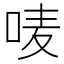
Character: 唛